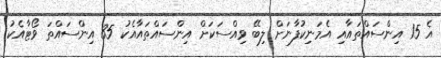
އެ 15 އިންސައްތައާއި އެމަނިކުފާނަށް ލިބޭ ވިއްސަކަށް އިންސައްތައާއެކު 35 އިންސައްތަ ވޯޓާއެކު